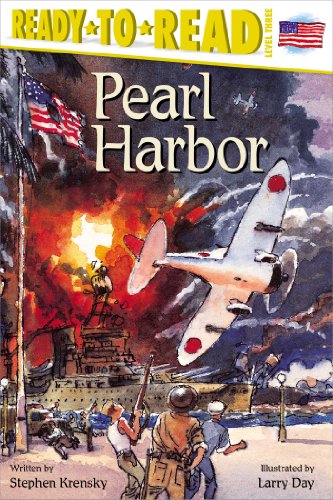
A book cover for Pearl Harbor : Ready To Read Level 3; Stephen Krensky; Children's Books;